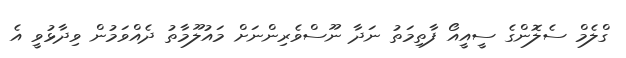
ގްލެމް ސެލޮންގެ ސީއީއޯ ފާތިމަތު ނަދާ ނޫސްވެރިންނަށް މައުލޫމާތު ދެއްވަމުން ވިދާޅުވީ އެ